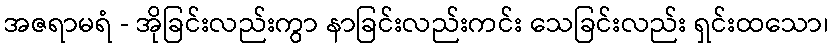
အဇရာမရံ - အိုခြင်းလည်းကွာ နာခြင်းလည်းကင်း သေခြင်းလည်း ရှင်းထသော၊